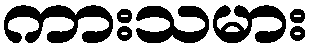
ကားသမား